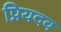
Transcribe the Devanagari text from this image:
प्रियदव